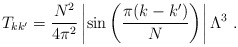
\begin{align*} T_{kk^\prime}={ N^2\over 4\pi^2} \left| \sin\left({\pi(k-k^\prime)\over N}\right) \right| \Lambda^3~.\end{align*}